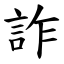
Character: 詐